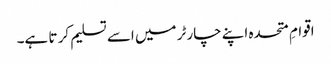
اقوامِ متحدہ اپنے چارٹر میں اسے تسلیم کر تا ہے۔